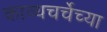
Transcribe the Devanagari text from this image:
काव्यचर्चेच्या